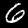
Digit: 6